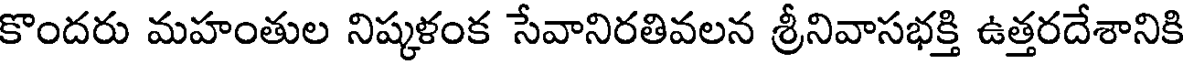
కొందరు మహంతుల నిష్కళంక సేవానిరతివలన శ్రీనివాసభక్తి ఉత్తరదేశానికి